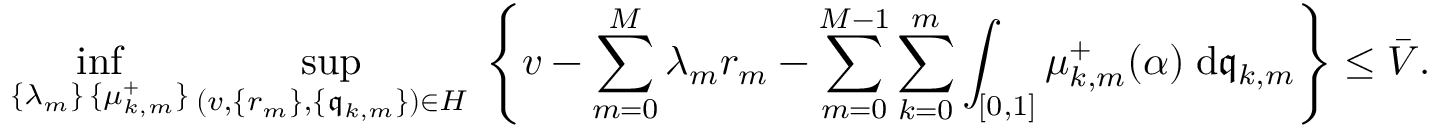
\operatorname* { i n f } _ { \substack { \{ \lambda _ { m } \} \, \{ \mu _ { k , m } ^ { + } \} } } \operatorname* { s u p } _ { ( v , \{ r _ { m } \} , \{ \mathfrak { q } _ { k , m } \} ) \in H } \; \left\{ v - \sum _ { m = 0 } ^ { M } \lambda _ { m } r _ { m } - \sum _ { m = 0 } ^ { M - 1 } \sum _ { k = 0 } ^ { m } \int _ { [ 0 , 1 ] } \mu _ { k , m } ^ { + } ( \alpha ) \; \mathrm { d } \mathfrak { q } _ { k , m } \right\} \leq \bar { V } .